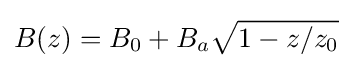
B(z)=B_{0}+B_{a}{\sqrt {1-z/z_{0}}}